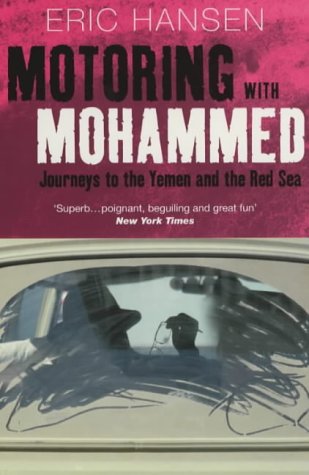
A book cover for Motoring with Mohammed: Journeys to Yemen and the Red Sea (Methuen non-fiction); Eric Hansen; Travel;